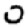
Digit: 0